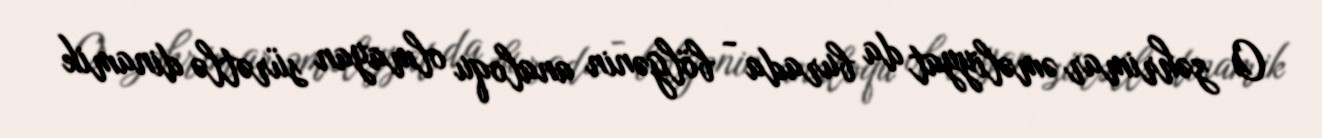
O zəhrimar əməliyyat da burada - bölgənin analoqu olmayan sürətlə dinamik